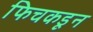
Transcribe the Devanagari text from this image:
फिचकडून